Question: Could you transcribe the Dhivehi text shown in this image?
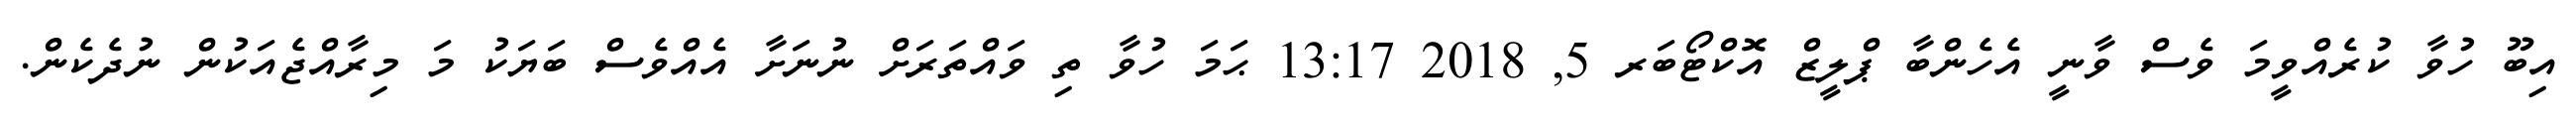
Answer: އިބޫ ހުވާ ކުރެއްވީމަ ވެސް ވާނީ އެހެންބާ ޕްލީޒް އޮކްޓޯބަރ 5, 2018 13:17 ޙަމަ ހުވާ ތި ވައްތަރަށް ނުނަށާ އެއްވެސް ބަޔަކު މަ މިރާއްޖެއަކުން ނުދެކެން.